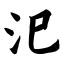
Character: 汜